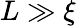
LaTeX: L\gg\xi